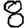
Digit: 8